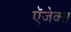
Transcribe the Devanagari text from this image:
ऍजेक्स